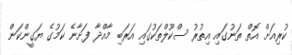
ކުރިއަށް އޮތް ތަނުގައި އިތުރު ސްކޫލްތަކުގައި އަރަބި މާއްދާ ފަށާނެ ކަމުގެ ޔަގީންކަން